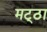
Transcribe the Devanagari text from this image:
मट्‌ठा